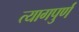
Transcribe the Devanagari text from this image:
त्यागपुर्ण